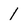
Character: 1